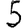
Digit: 5